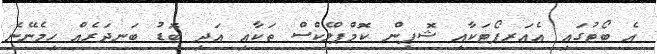
އެ ބޯޓުގައި އެއަރޕޯޓަކާއި ޝޮޕިން ކޮމްޕްލެކްސް ތަކާއި އަދި ބޮޑު ބަނދަރެއް ހިމެނޭނެ